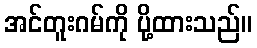
အင်တူးဂမ်ကို ပို့ထားသည်။